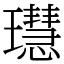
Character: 𤪳